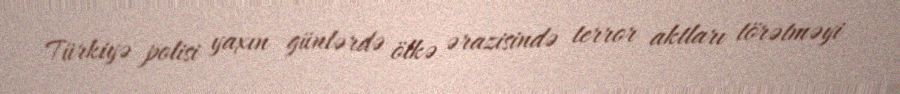
Türkiyə polisi yaxın günlərdə ölkə ərazisində terror aktları törətməyi